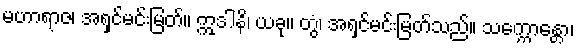
မဟာရာဇ၊ အရှင်မင်းမြတ်။ ဣဒါနိ၊ ယခု။ တွံ၊ အရှင်မင်းမြတ်သည်။ သက္ကောန္တော၊